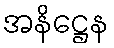
အနိဋ္ဌေန